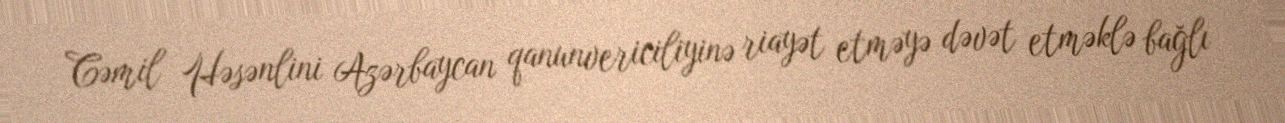
Cəmil Həsənlini Azərbaycan qanunvericiliyinə riayət etməyə dəvət etməklə bağlı